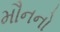
મૌનનો